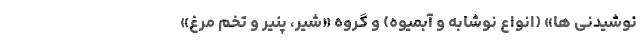
نوشیدنی ها» (انواع نوشابه و آبمیوه) و گروه «شیر، پنیر و تخم مرغ»